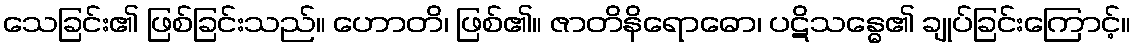
သေခြင်း၏ ဖြစ်ခြင်းသည်။ ဟောတိ၊ ဖြစ်၏။ ဇာတိနိရောဓော၊ ပဋိသန္ဓေ၏ ချုပ်ခြင်းကြောင့်။